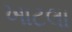
ખાટલા